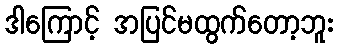
ဒါကြောင့် အပြင်မထွက်တော့ဘူး